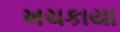
ખચકાયા